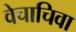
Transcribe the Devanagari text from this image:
वेचाचिवा